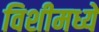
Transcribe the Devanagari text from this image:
विशीमध्ये